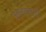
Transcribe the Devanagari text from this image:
जलकुण्डों